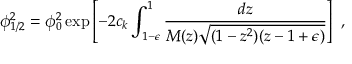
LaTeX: \phi _ { 1 / 2 } ^ { 2 } = \phi _ { 0 } ^ { 2 } \exp \left[ - 2 c _ { k } \int _ { 1 - \epsilon } ^ { 1 } { \frac { d z } { M ( z ) \sqrt { ( 1 - z ^ { 2 } ) ( z - 1 + \epsilon ) } } } \right] \ ,